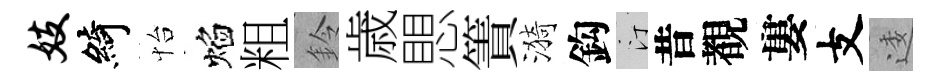
妓綺怡焰粗鈴歳愳簀漪鈎汀昔覩婁支逶